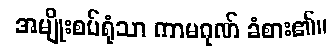
အမျိုးစပ်ရုံသာ ကာမဂုဏ် ခံစား၏။